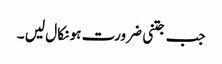
جب جتنی ضرورت ہو نکا ل لیں ۔